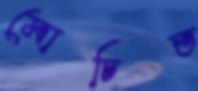
মোচিত